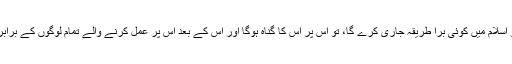
جب کہ عمل کرنے والوں کے اجر میں کوئی کمی نہیں کی جاۓ گی اور جو اسلام میں کوئی بُرا طریقہ جاری کرے گا، تو اس پر اس کا گناہ ہوگا اور اس کے بعد اس پر عمل کرنے والے تمام لوگوں کے برابر گناہ ہوگا اور عمل کرنے والوں کے گناہ میں کوئی کمی نہیں کی جاۓ گی۔